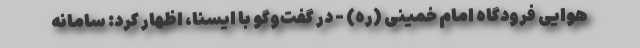
هوایی فرودگاه امام خمینی (ره) - در گفت‌وگو با ایسنا، اظهار کرد: سامانه